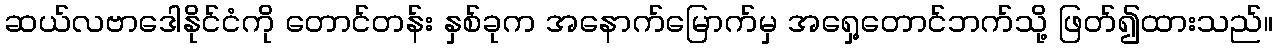
ဆယ်လဗာဒေါနိုင်ငံကို တောင်တန်း နှစ်ခုက အနောက်မြောက်မှ အရှေ့တောင်ဘက်သို့ ဖြတ်၍ထားသည်။